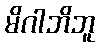
မိဂါဘိဘူ